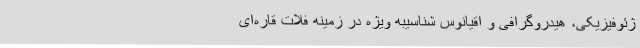
ژئوفیزیکی، هیدروگرافی و اقیانوس شناسیبه ویژه در زمینه فلات قاره‌ای